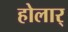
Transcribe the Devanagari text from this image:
होलार्